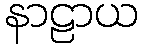
နာဠာယ